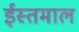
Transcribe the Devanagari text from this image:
ईस्तमाल